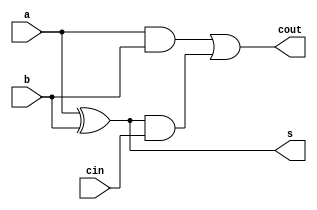
module lab2_ronnyismael(input a, input b, input cin, output s, output cout);

	wire w1, w2;
	xor(s,a,b);
	and(w1,a,b);
	and(w2,s,cin);
	or(cout,w1,w2);

endmodule